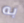
به